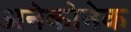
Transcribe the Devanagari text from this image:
अनेकोनेक